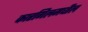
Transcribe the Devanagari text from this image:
कारगिलमधील